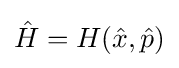
{\hat {H}}=H({\hat {x}},{\hat {p}})